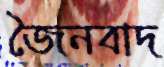
জৈনবাদ